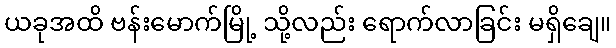
ယခုအထိ ဗန်းမောက်မြို့ သို့လည်း ရောက်လာခြင်း မရှိချေ။